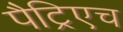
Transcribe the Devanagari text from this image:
पैट्रिएच